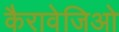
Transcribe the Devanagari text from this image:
कैरावेजिओ